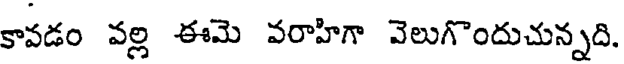
కావడం వల్లి ఈమె వరాహిగా వెలుగొందుచున్నది.